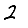
Digit: 2